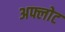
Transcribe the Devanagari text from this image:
अफ्लोट